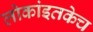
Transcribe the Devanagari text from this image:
लोकांइतकेच